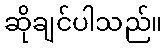
ဆိုချင်ပါသည်။